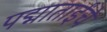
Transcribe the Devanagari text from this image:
पद्माताईंचे